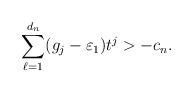
LaTeX: \begin{align*} \sum_{\ell=1}^{d_n} (g_j- \varepsilon_1)t^j > -c_n.\end{align*}